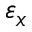
\varepsilon _ { x }